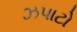
ઝપાટો